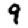
Digit: 9